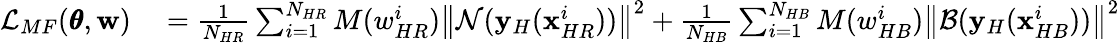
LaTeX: \begin{array}{rl}{\mathcal{L}_{MF}(\pmb{\theta},\mathbf{w})}&{{}={\frac{1}{N_{HR}}\sum_{i=1}^{N_{HR}}{M(w_{HR}^{i})\left\| \mathcal{N}(\mathbf{y}_{H}(\mathbf{x}_{HR}^{i}))\right\| ^{2}}+\frac{1}{N_{HB}}\sum_{i=1}^{N_{HB}}{M(w_{HB}^{i})\left\| \mathcal{B}(\mathbf{y}_{H}(\mathbf{x}_{HB}^{i}))\right\| ^{2}}}}\end{array}